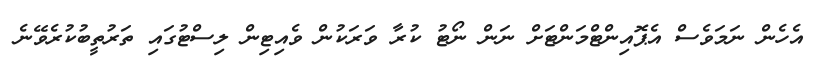
އެހެން ނަމަވެސް އެޕޮއިންޓްމަންޓަށް ނަން ނޯޓު ކުރާ ވަރަކުން ވެއިޓިން ލިސްޓުގައި ތަރުތީބުކުރެވޭނެ